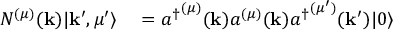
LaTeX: \begin{array} { r l } { N ^ { ( \mu ) } ( \mathbf { k } ) | \mathbf { k } ^ { \prime } , \mu ^ { \prime } \rangle } & { { } = { a ^ { \dagger } } ^ { ( \mu ) } ( \mathbf { k } ) a ^ { ( \mu ) } ( \mathbf { k } ) { a ^ { \dagger } } ^ { ( \mu ^ { \prime } ) } ( \mathbf { k ^ { \prime } } ) | 0 \rangle } \end{array}